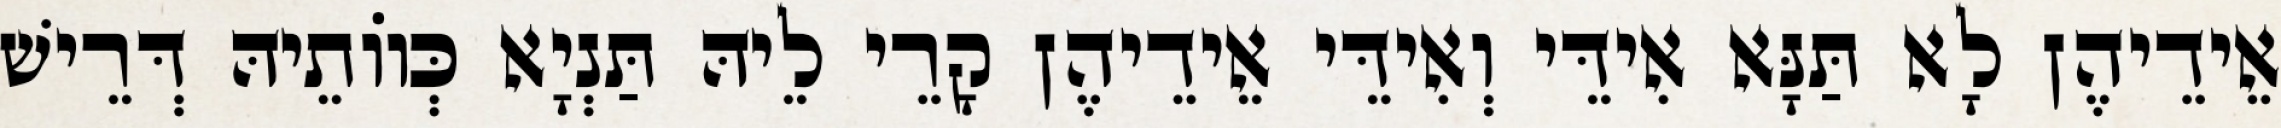
אֵידֵיהֶן לָא תַּנָּא אִידֵּי וְאִידֵּי אֵידֵיהֶן קָרֵי לֵיהּ תַּנְיָא כְּווֹתֵיהּ דְּרֵישׁ